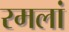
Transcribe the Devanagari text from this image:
रमलां